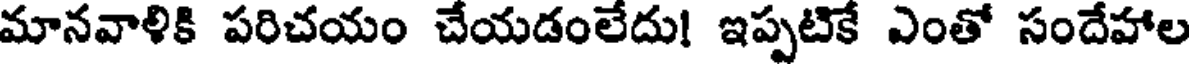
మానవాళికి పరిచయం చేయడంలేదు! ఇప్పటికే ఎంతో సందేహాల